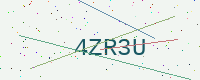
Text: 4ZR3U